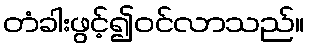
တံခါးဖွင့်၍ဝင်လာသည်။